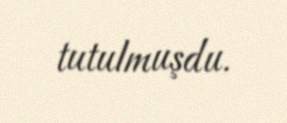
tutulmuşdu.